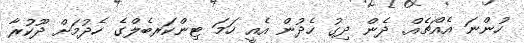
ހުންނަ އެއްޗެއް. ދެން ދިގު ހެދުން އެއީ ހަމަ ޓިންކަރބެލްގެ ހެދުމަށް ދޫކުރާ